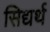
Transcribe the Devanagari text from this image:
सिद्यर्थ